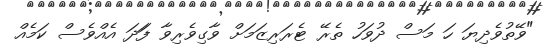
"ވޭތުވެދިޔަ ހަ މަސް ދުވަހު ތެރޭ ޓެރަރިޒަމަށް ވާގިވެރިވާ ފަަދަ އެއްވެސް ކަމެއް